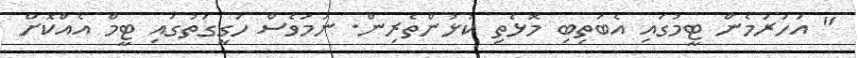
" އަހަރަމެން ޓީމުގައި އެބަތިބި މޮޅެތި ކުޅުންތެރިން. ނަމަވެސް ހަގީގަތުގައި ޓީމް އެއްކޮށް